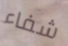
شفاء